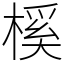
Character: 榽